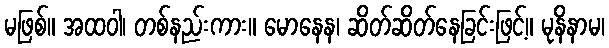
မဖြစ်။ အထဝါ၊ တစ်နည်းကား။ မောနေန၊ ဆိတ်ဆိတ်နေခြင်းဖြင့်။ မုနိနာမ၊